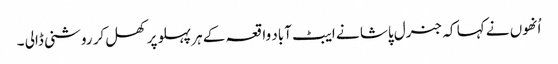
اُنھوں نے کہا کہ جنرل پاشا نے ایبٹ آباد واقعہ کے ہر پہلو پر کھل کر روشنی ڈالی ۔